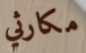
مكارثي